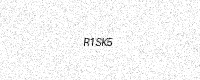
Text: R1SK5